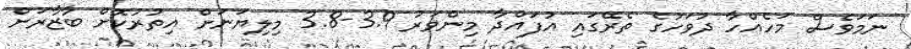
ނަމަވެސް މަހެއްހާ ދުވަހުގެ ތެރޭގައި އުފައްދާ މިންވަރު 3.9-3.8 މިލިޔަނަށް އިތުރުކޮށް ބާޒާރަށް